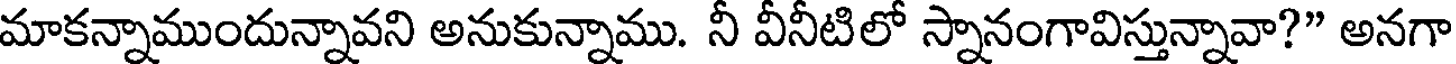
మాకన్నాముందున్నావని అనుకున్నాము. నీ వీనీటిలో స్నానంగావిస్తున్నావా?" అనగా